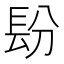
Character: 𰿌